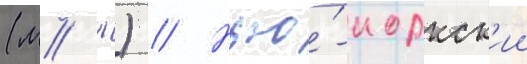
(м/ ж) // Нью́-иоркск'ии